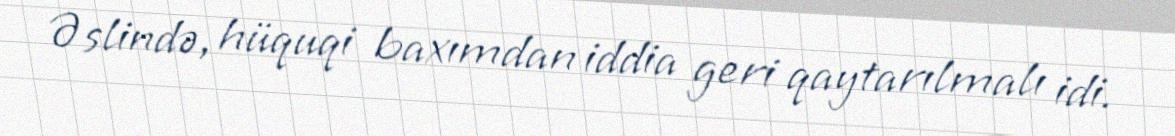
Əslində, hüquqi baxımdan iddia geri qaytarılmalı idi.